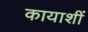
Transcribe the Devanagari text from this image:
कायाशीं